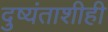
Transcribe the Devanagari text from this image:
दुष्यंताशीही